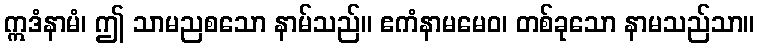
ဣဒံနာမံ၊ ဤ သာမညစသော နာမ်သည်။ ဧကံနာမမေဝ၊ တစ်ခုသော နာမသည်သာ။